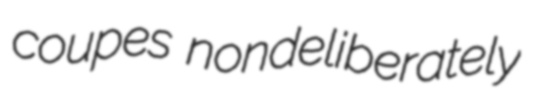
coupes nondeliberately